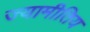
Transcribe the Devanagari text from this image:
ज्यामीतिय